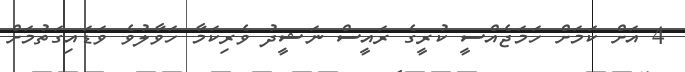
4 އަށް ކަމަށް ހަމަޖެއްސީ ކުރީގެ ރައީސް ނަޝީދު ވެރިކަމާ ހަވާލުވެ ވަޑައިގަތުމަށް